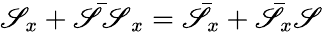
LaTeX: \mathscr{S}_{x}+\bar{{\mathscr{S}\mathscr{S}}}_{x}=\bar{{\mathscr{S}}}_{x}+\bar{{\mathscr{S}}}_{x}\mathscr{S}